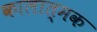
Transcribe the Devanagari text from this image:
कालात्मक